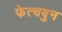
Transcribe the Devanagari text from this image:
फेत्चबुन